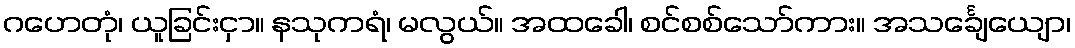
ဂဟေတုံ၊ ယူခြင်းငှာ။ နသုကရံ၊ မလွယ်။ အထခေါ၊ စင်စစ်သော်ကား။ အသင်္ချေယျော၊